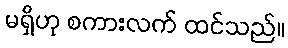
မရှိဟု စကားလက် ထင်သည်။